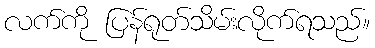
လက်ကို ပြန်ရုတ်သိမ်းလိုက်ရသည်။